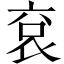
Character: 袞